Report on horse surra - Volume II, Part I
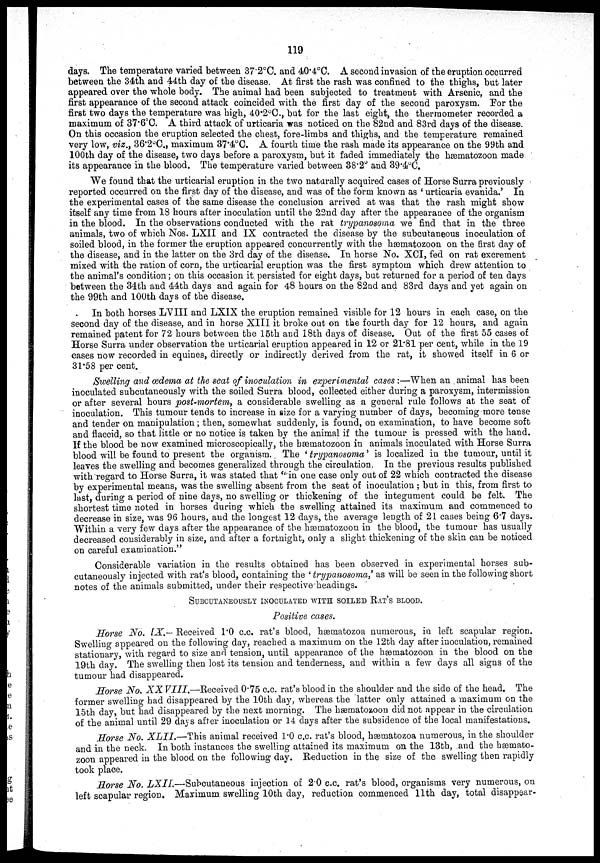
119
days. The temperature varied between 37.2°C. and 40.4°C. A second invasion of the eruption occurred
between the 34th and 44th day of the disease. At first the rash was confined to the thighs, but later
appeared over the whole body. The animal had been subjected to treatment with Arsenic, and the
first appearance of the second attack coincided with the first day of the second paroxysm. For the
first two days the temperature was high, 40.2°C., but for the last eight, the thermometer recorded a
maximum of 37.6°C. A third attack of urticaria was noticed on the 82nd and 83rd days of the disease.
On this occasion the eruption selected the chest, fore-limbs and thighs, and the temperature remained
very low, viz., 36.2°C., maximum 37.4°C. A fourth time the rash made its appearance on the 99th and
100th day of the disease, two days before a paroxysm, but it faded immediately the hæmatozoon made
its appearance in the blood. The temperature varied between 38.2° and 39.4°C.
We found that the urticarial eruption in the two naturally acquired cases of Horse Surra previously
reported occurred on the first day of the disease, and was of the form known as ' urticaria evanida.' In
the experimental cases of the same disease the conclusion arrived at was that the rash might show
itself any time from 18 hours after inoculation until the 22nd day after the appearance of the organism
in the blood. In the observations conducted with the rat trypanosoma we find that in the three
animals, two of which Nos. LXII and IX contracted the disease by the subcutaneous inoculation of
soiled blood, in the former the eruption appeared concurrently with the hæmatozoon on the first day of
the disease, and in the latter on the 3rd day of the disease. In horse No. XCI, fed on rat excrement
mixed with the ration of corn, the urticarial eruption was the first symptom which drew attention to
the animal's condition; on this occasion it persisted for eight days, but returned for a period of ten days
between the 34th and 44th days and again for 48 hours on the 82nd and 83rd days and yet again on
the 99th and 100th days of the disease.
In both horses LVIII and LXIX the eruption remained visible for 12 hours in each case, on the
second day of the disease, and in horse XIII it broke out on the fourth day for 12 hours, and again
remained patent for 72 hours between the 15th and 18th days of disease. Out of the first 55 cases of
Horse Surra under observation the urticarial eruption appeared in 12 or 21.81 per cent, while in the 19
cases now recorded in equines, directly or indirectly derived from the rat, it showed itself in 6 or
31.58 per cent.
Swelling and œdema at the seat of inoculation in experimental cases:—When an , animal has been
inoculated subcutaneously with the soiled Surra blood, collected either during a paroxysm, intermission
or after several hours post-mortem, a considerable swelling as a general rule follows at the seat of
inoculation. This tumour tends to increase in size for a varying number of days, becoming more tense
and tender on manipulation; then, somewhat suddenly, is found, on examination, to have become soft
and flaccid, so that little or no notice is taken by the animal if the tumour is pressed with the hand.
If the blood be now examined microscopically, the hæmatozoon in animals inoculated with Horse Surra
blood will be found to present the organism. The 'trypanosoma' is localized in the tumour, until it
leaves the swelling and becomes generalized through the circulation. In the previous results published
with regard to Horse Surra, it was stated that " in one case only out of 22 which contracted the disease
by experimental means, was the swelling absent from the seat of inoculation ; but in this, from first to
last, during a period of nine days, no swelling or thickening of the integument could be felt. The
shortest time noted in horses during which the swelling attained its maximum and commenced to
decrease in size, was 96 hours, and the longest 12 days, the average length of 21 cases being 6.7 days.
Within a very few days after the appearance of the hæmatozoon in the blood, the tumour has usually
decreased considerably in size, and after a fortnight, only a slight thickening of the skin can be noticed
on careful examination."
Considerable variation in the results obtained has been observed in experimental horses sub-
cutaneously injected with rat's blood, containing the 'trypanosoma,' as will be seen in the following short
notes of the animals submitted, under their respective headings.
SUBCUTANEOUSLY INOCULATED WITH SOILED RAT'S BLOOD.
Positive cases.
Horse No. IX.— Received 1.0 c.c. rat's blood, hæmatozoa numerous, in left scapular region.
Swelling appeared on the following day, reached a maximum on the 12th day after inoculation, remained
stationary, with regard to size and tension, until appearance of the hæmatozoon in the blood on the
19th day. The swelling then lost its tension and tenderness, and within a few days all signs of the
tumour had disappeared.
Horse No. XX VIII.—Received 0.75 c.c. rat's blood in the shoulder and the side of the head. The
former swelling had disappeared by the 10th day, whereas the latter only attained a maximum on the
15th day, but had disappeared by the next morning. The hæmatozoon did not appear in the circulation
of the animal until 29 days after inoculation or 14 days after the subsidence of the local manifestations.
Horse No. XLII.—This
animal received 1.0 c.c. rat's blood, hæmatozoa numerous, in the shoulder
and in the neck. In both instances the swelling attained its maximum on the 13th, and the hæmato-
zoon appeared in the blood on the following day. Reduction in the size of the swelling then rapidly
took place.
Horse No. LXII.—Subcutaneous
injection of 2.0 c.c. rat's blood, organisms very numerous, on
left scapular region. Maximum swelling 10th day, reduction commenced 11th day, total disappear-